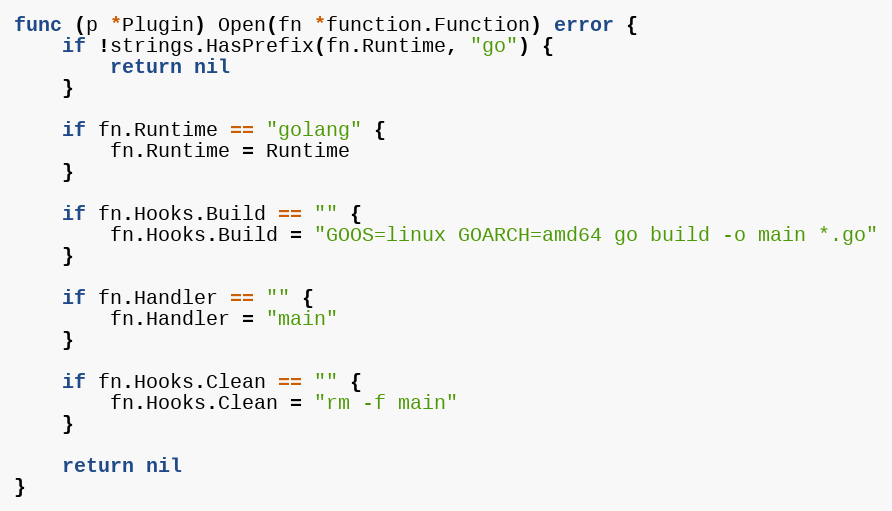
Language: Go
func (p *Plugin) Open(fn *function.Function) error {
	if !strings.HasPrefix(fn.Runtime, "go") {
		return nil
	}

	if fn.Runtime == "golang" {
		fn.Runtime = Runtime
	}

	if fn.Hooks.Build == "" {
		fn.Hooks.Build = "GOOS=linux GOARCH=amd64 go build -o main *.go"
	}

	if fn.Handler == "" {
		fn.Handler = "main"
	}

	if fn.Hooks.Clean == "" {
		fn.Hooks.Clean = "rm -f main"
	}

	return nil
}